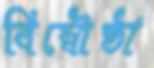
বিম্বৌষ্ঠা